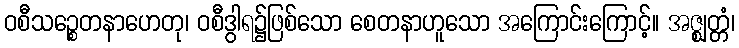
ဝစီသဉ္စေတနာဟေတု၊ ဝစီဒွါရ၌ဖြစ်သော စေတနာဟူသော အကြောင်းကြောင့်။ အဇ္ဈတ္တံ၊